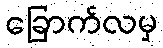
ခြောက်လမှ